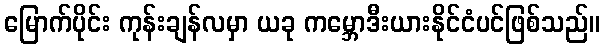
မြောက်ပိုင်း ကုန်းချန်လမှာ ယခု ကမ္ဘောဒီးယားနိုင်ငံပင်ဖြစ်သည်။